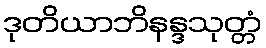
ဒုတိယာဘိနန္ဒသုတ္တံ